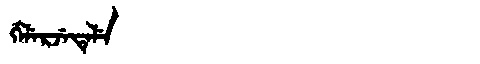
Manchu: ᡤᡝᠯᡝᡵᠵᡝᡨᡝᠯᡝ
Romanization: GELERJETELE